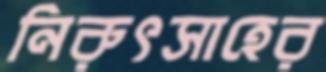
নিরুৎসাহের